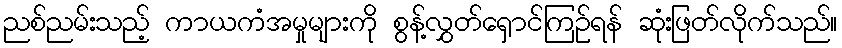
ညစ်ညမ်းသည့် ကာယကံအမှုများကို စွန့်လွှတ်ရှောင်ကြဉ်ရန် ဆုံးဖြတ်လိုက်သည်။